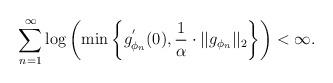
LaTeX: \begin{align*}\sum_{n=1}^{\infty}\log\left(\min\left\{g_{\phi_{n}}^{'}(0),\frac{1}{\alpha}\cdot||g_{\phi_{n}}||_{2}\right\}\right)<\infty.\end{align*}